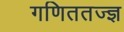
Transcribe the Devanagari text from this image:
गणिततज्ज्ञ